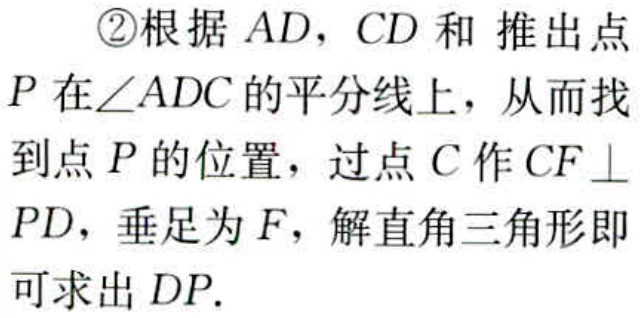
\textcircled{2}根据 \(AD\)，\(CD\) 和 推出点

\(P\) 在\(\angle ADC\)的平分线上，从而找

到点 \(P\) 的位置，过点 \(C\) 作 \(CF\perp\)

\(PD\)，垂足为 \(F\)，解直角三角形即

可求出 \(DP\).